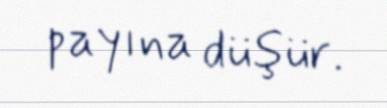
payına düşür.